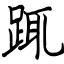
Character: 踂